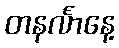
တနင်္လာနေ့